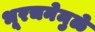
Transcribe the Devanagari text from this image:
भूरचनेमुळे